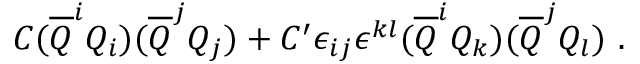
C ( { \overline { { Q } } } ^ { i } Q _ { i } ) ( { \overline { { Q } } } ^ { j } Q _ { j } ) + C ^ { \prime } \epsilon _ { i j } \epsilon ^ { { k } { l } } ( { \overline { { Q } } } ^ { i } Q _ { k } ) ( { \overline { { Q } } } ^ { j } Q _ { l } ) ~ .